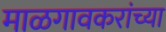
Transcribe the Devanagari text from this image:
माळगावकरांच्या